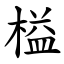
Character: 榏